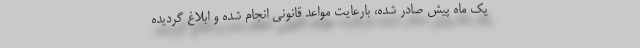
یک ماه پیش صادر شده، بارعایت مواعد قانونی انجام شده و ابلاغ گردیده